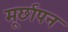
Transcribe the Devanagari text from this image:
मूर्छापन